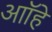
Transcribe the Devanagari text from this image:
आॉहे